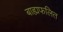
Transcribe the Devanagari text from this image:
बाह्यफलित